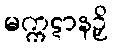
မက္ကဋာနဉှိ